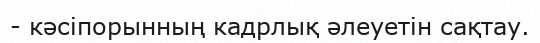
- кәсіпорынның кадрлық әлеуетін сақтау.